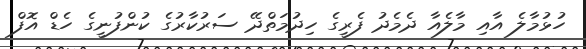
ހުޅުމާލެ އާއި މާލެއާ ދެމެދު ފެރީގެ ހިދުމަތްދޭ ސަރުކާރުގެ ކުންފުނީގެ ހެޑް އޮފް